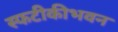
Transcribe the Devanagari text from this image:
स्फटीकीभवन